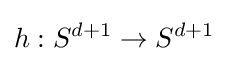
h:S^{d+1}\rightarrow S^{d+1}